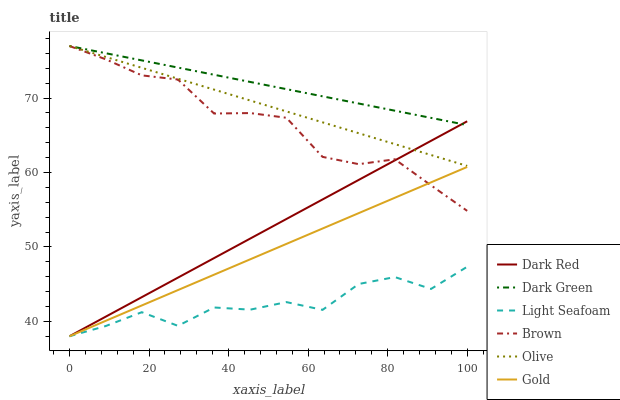
| xaxis_label | Dark Red | Dark Green | Light Seafoam | Brown | Olive | Gold |
 | --- | --- | --- | --- | --- | --- | --- |
 | 0 | 38 | 77 | 38 | 77 | 77 | 38 |
 | 9.09 | 40.6 | 76 | 39.4 | 75.2 | 75.5 | 40.1 |
 | 18.2 | 43.3 | 75.1 | 41.2 | 73.1 | 74.1 | 42.1 |
 | 27.3 | 45.9 | 74.1 | 39.4 | 72.5 | 72.6 | 44.2 |
 | 36.4 | 48.5 | 73.1 | 41.9 | 67.9 | 71.1 | 46.3 |
 | 45.5 | 51.1 | 72.2 | 41.6 | 68 | 69.7 | 48.3 |
 | 54.5 | 53.8 | 71.2 | 42.6 | 67.4 | 68.2 | 50.4 |
 | 63.6 | 56.4 | 70.2 | 41.5 | 62.1 | 66.7 | 52.5 |
 | 72.7 | 59 | 69.3 | 45 | 61.1 | 65.3 | 54.5 |
 | 81.8 | 61.6 | 68.3 | 46 | 61.8 | 63.8 | 56.6 |
 | 90.9 | 64.3 | 67.3 | 44.4 | 58.3 | 62.4 | 58.7 |
 | 100 | 66.9 | 66.4 | 47.3 | 54.8 | 60.9 | 60.7 |